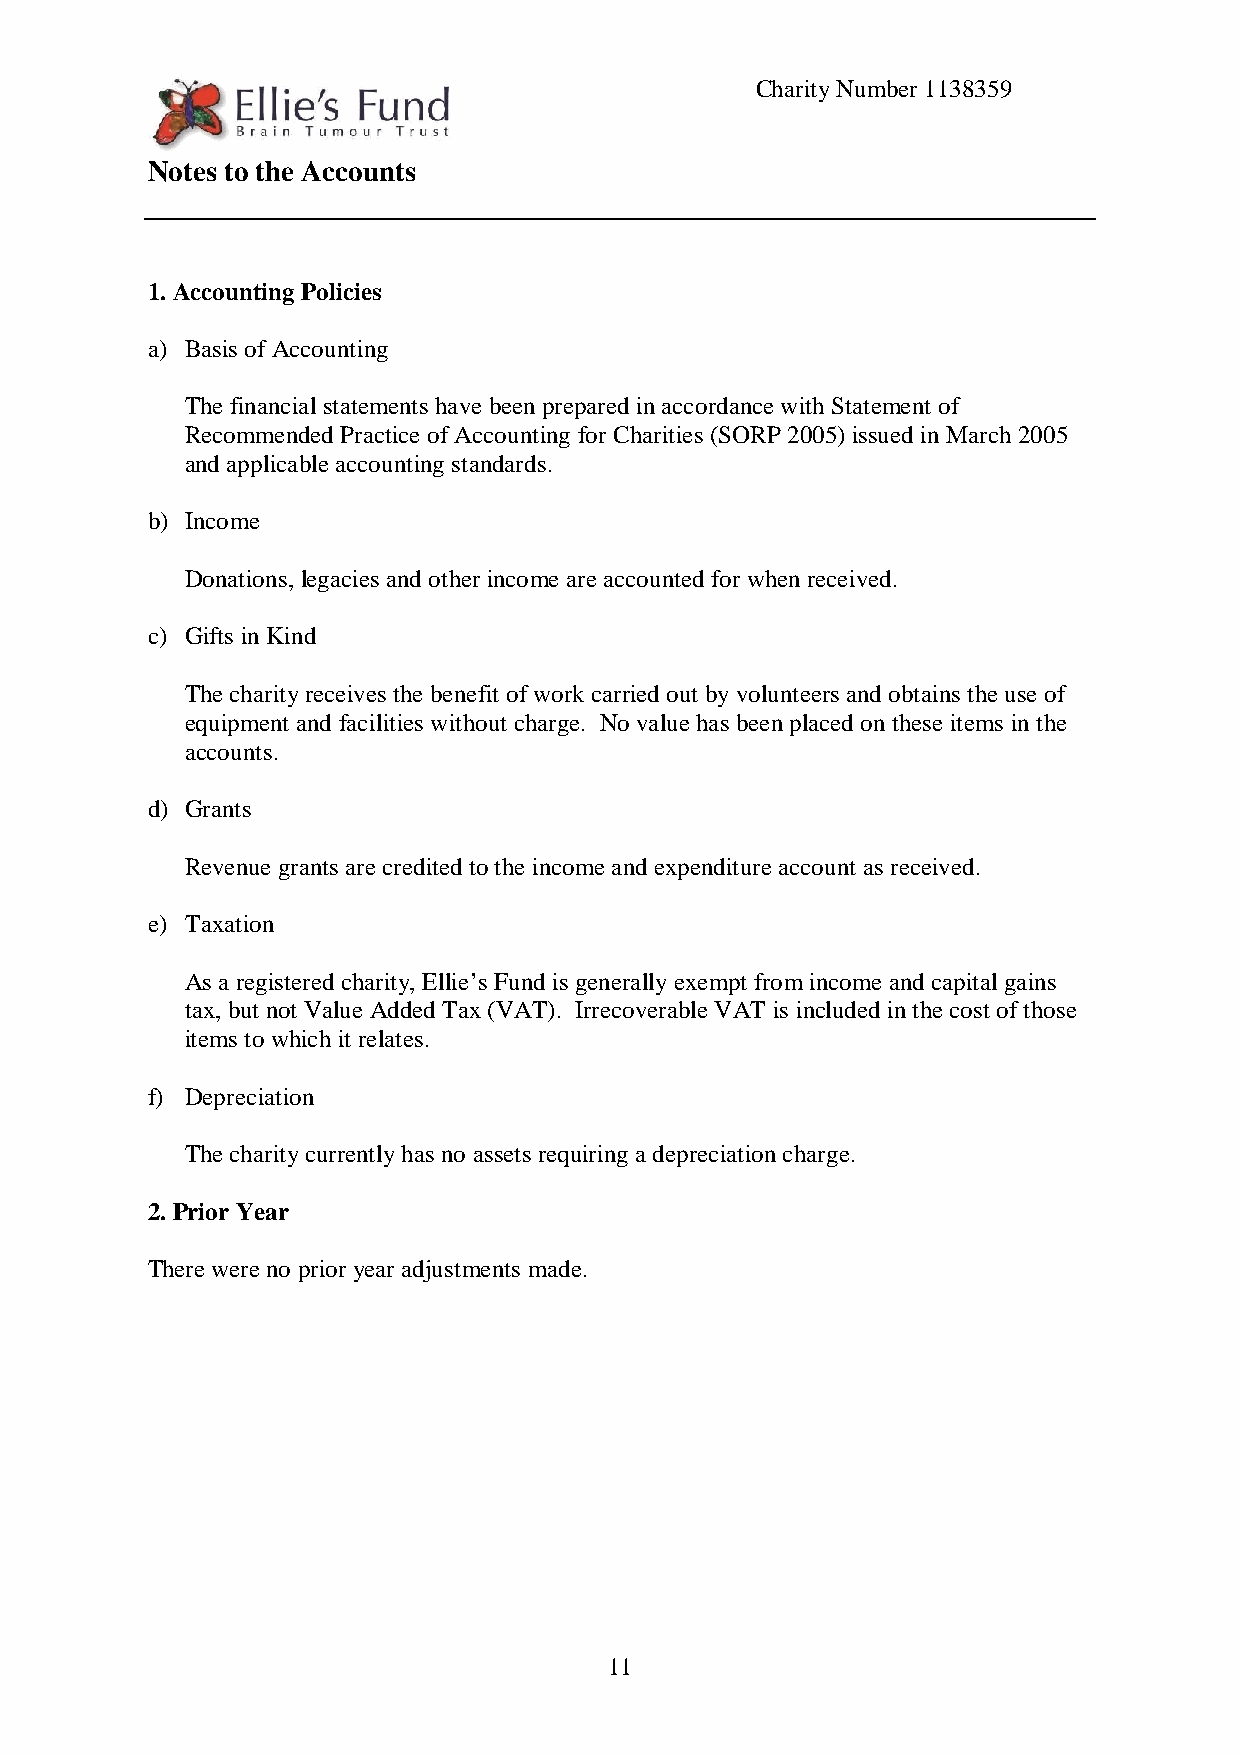
Charity Number 1138359
 Notes to the Accounts
 1. Accounting Policies
 a) Basis of Accounting
 The financial statements have been prepared in accordance with Statement of
 Recommended Practice of Accounting for Charities (SORP 2005) issued in March 2005
 and applicable accounting standards.
 b) Income
 Donations, legacies and other income are accounted for when received.
 c) Gifts in Kind
 The charity receives the benefit of work carried out by volunteers and obtains the use of
 equipment and facilities without charge. No value has been placed on these items in the
 accounts.
 d) Grants
 Revenue grants are credited to the income and expenditure account as received.
 e) Taxation
 As a registered charity, Ellie’s Fund is generally exempt from income and capital gains
 tax, but not Value Added Tax (VAT). Irrecoverable VAT is included in the cost of those
 items to which it relates.
 f) Depreciation
 The charity currently has no assets requiring a depreciation charge.
 2. Prior Year
 There were no prior year adjustments made.
 11